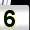
Digit: 5